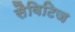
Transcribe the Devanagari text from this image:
सैविटिज